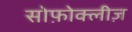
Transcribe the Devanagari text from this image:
सोफ़ोक्लीज़